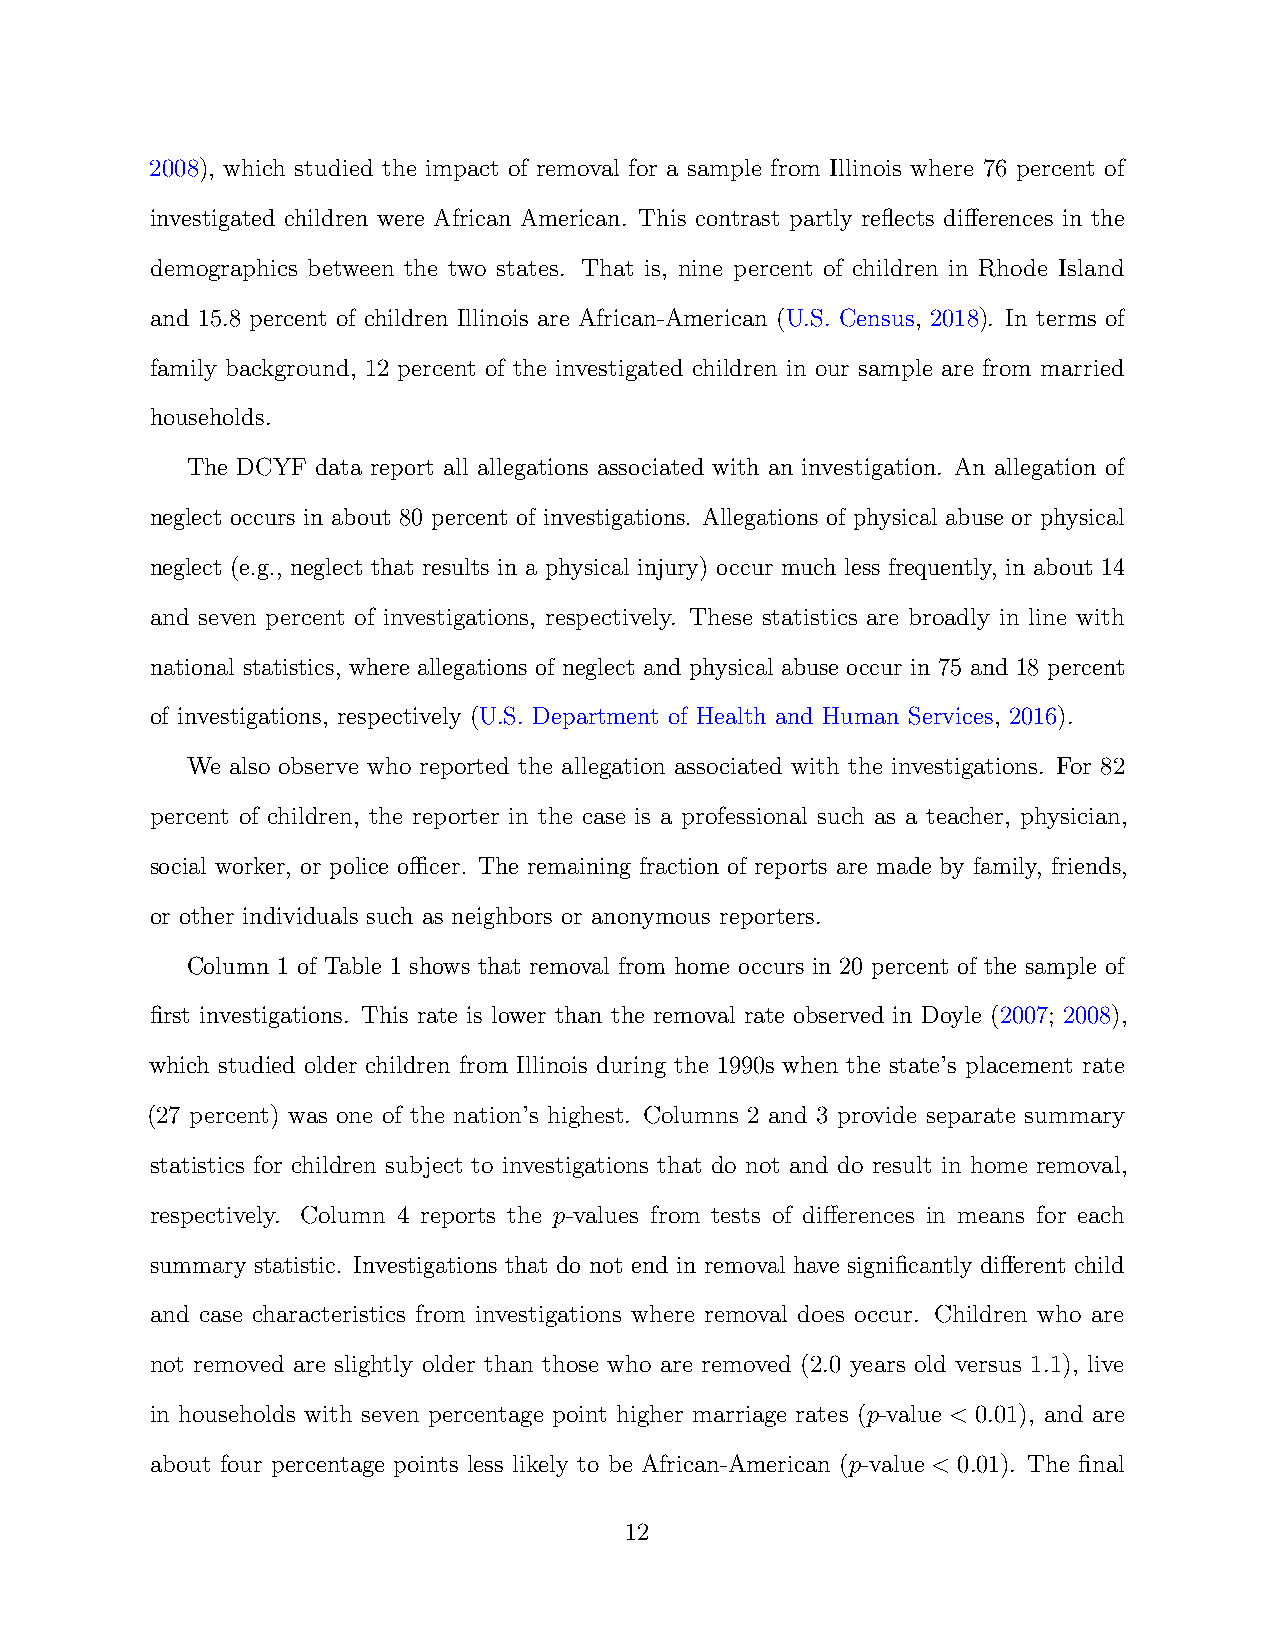
2008), which studied the impact of removal for a sample from Illinois where 76 percent of
 investigated children were African American. This contrast partly reflects differences in the
 demographics between the two states. That is, nine percent of children in Rhode Island
 and 15.8 percent of children Illinois are African-American (U.S. Census, 2018). In terms of
 family background, 12 percent of the investigated children in our sample are from married
 households.
 The DCYF data report all allegations associated with an investigation. An allegation of
 neglect occurs in about 80 percent of investigations. Allegations of physical abuse or physical
 neglect (e.g., neglect that results in a physical injury) occur much less frequently, in about 14
 and seven percent of investigations, respectively. These statistics are broadly in line with
 national statistics, where allegations of neglect and physical abuse occur in 75 and 18 percent
 of investigations, respectively (U.S. Department of Health and Human Services, 2016).
 We also observe who reported the allegation associated with the investigations. For 82
 percent of children, the reporter in the case is a professional such as a teacher, physician,
 social worker, or police officer. The remaining fraction of reports are made by family, friends,
 or other individuals such as neighbors or anonymous reporters.
 Column 1 of Table 1 shows that removal from home occurs in 20 percent of the sample of
 first investigations. This rate is lower than the removal rate observed in Doyle (2007; 2008),
 which studied older children from Illinois during the 1990s when the state’s placement rate
 (27 percent) was one of the nation’s highest. Columns 2 and 3 provide separate summary
 statistics for children subject to investigations that do not and do result in home removal,
 respectively. Column 4 reports the p-values from tests of differences in means for each
 summary statistic. Investigations that do not end in removal have significantly different child
 and case characteristics from investigations where removal does occur. Children who are
 not removed are slightly older than those who are removed (2.0 years old versus 1.1), live
 in households with seven percentage point higher marriage rates (p-value < 0.01), and are
 about four percentage points less likely to be African-American (p-value < 0.01). The final
 12